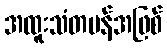
အထူးသံတမန်အဖြစ်